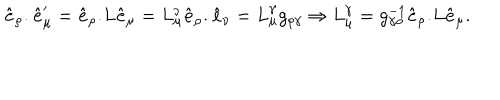
LaTeX: { \bf \hat { e } _ { \rho } . \hat { e } _ { \mu } ^ { \prime } } = { \bf \hat { e } _ { \rho } . } L { \bf \hat { e } _ { \mu } } = L _ { \mu } ^ { \nu } { \bf \hat { e } _ { \rho } . \hat { e } _ { \nu } } = L _ { \mu } ^ { \gamma } g _ { \rho \gamma } \Rightarrow { L } _ { \mu } ^ { \gamma } = g _ { \gamma \rho } ^ { - 1 } { \bf \hat { e } _ { \rho } . } L { \bf \hat { e } _ { \mu } } .